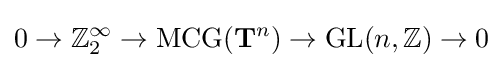
0\to \mathbb {Z} _{2}^{\infty }\to \operatorname {MCG} (\mathbf {T} ^{n})\to \operatorname {GL} (n,\mathbb {Z} )\to 0